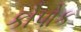
કોપોક